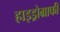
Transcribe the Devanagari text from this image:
हाइड्रोग्राफी